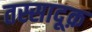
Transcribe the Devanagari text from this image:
तस्सादूक़